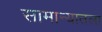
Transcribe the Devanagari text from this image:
सामान्यातला